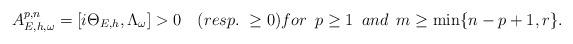
LaTeX: \begin{align*} A^{p,n}_{E,h,\omega}=[i\Theta_{E,h},\Lambda_\omega]>0\quad(resp.~\geq0)for~\, p\geq1 ~\,and~\, m\geq\min\{n-p+1,r\}. \end{align*}